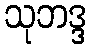
သုဘဒ္ဒ